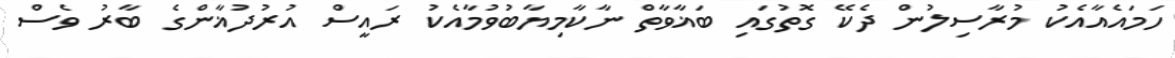
ހަމައެއާއެކު މުރާސިލުން ދެކޭ ގޮތުގައި ބަޣާވާތް ނާކާމިޔާބުވުމާއެކު ރައީސް އުރުދުޣާންގެ ބާރު ވެސް